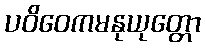
ပဝိဝေကမနုယုတ္တော